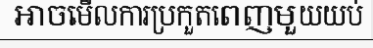
អាចមើលការប្រកួតពេញមួយយប់